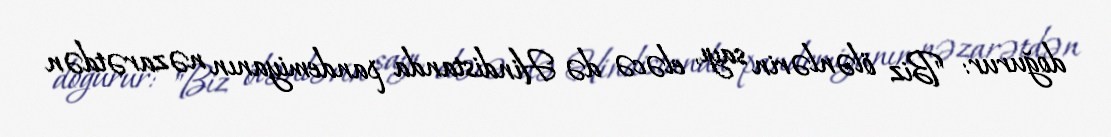
doğurur: "Biz ölənlərin sayı, eləcə də Hindistanda pandemiyanın nəzarətdən